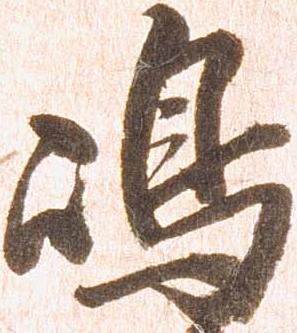
嶋